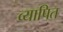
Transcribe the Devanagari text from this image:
व्यापित